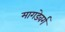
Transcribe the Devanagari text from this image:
मागडेवर्ग